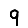
Digit: 9